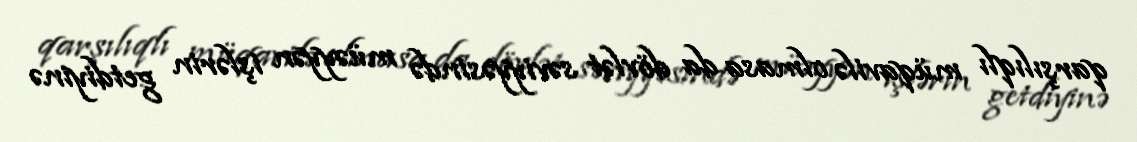
qarşılıqlı müqavilə olmasa da dövlət səviyyəsində müəyyən işlərin getdiyinə